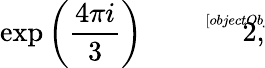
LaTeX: \exp\left({\frac{4\pi i}{3}}\right){\sqrt[[objectObject]]{2}},